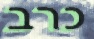
כרב